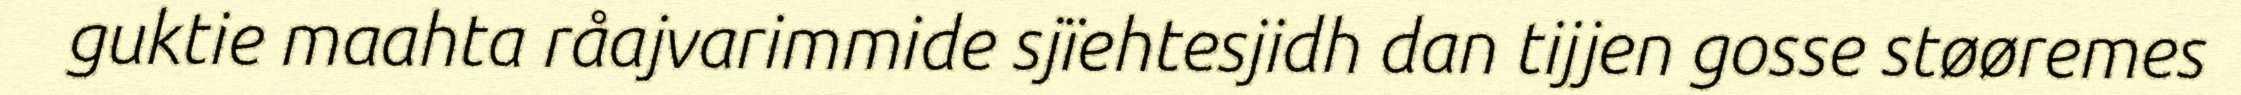
guktie maahta råajvarimmide sjïehtesjidh dan tijjen gosse støøremes